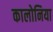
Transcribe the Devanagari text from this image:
कालोनिया